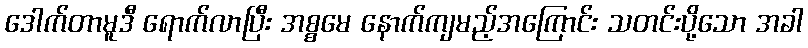
ဒေါက်တာမူဒီ ရောက်လာပြီး အစ္စမေ နောက်ကျမည့်အကြောင်း သတင်းပို့သော အခါ